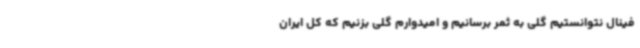
فینال نتوانستیم گلی به ثمر برسانیم و امیدوارم گلی بزنیم که کل ایران